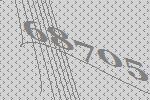
68705